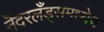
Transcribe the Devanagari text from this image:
नॆदरलँड्समध्येच